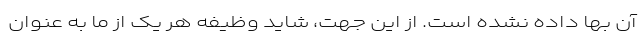
آن بها داده نشده است. از این جهت، شاید وظیفه هر یک از ما به عنوان